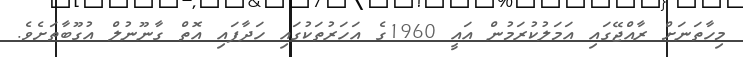
މިހާތަނަށް ރާއްޖޭގައި އަމަލުކުރަމުން އައީ 1960ގެ އަހަރުތަކުގައި ހަދާފައި އޮތް ގާނޫނުލް އުގޫބާތަށެވެ.